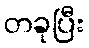
တခုပြီး